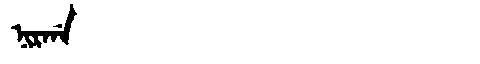
Manchu: ᠨᡳᡵᡤᠠ
Romanization: NIRGA